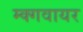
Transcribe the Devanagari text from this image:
म्क्गवायर